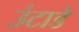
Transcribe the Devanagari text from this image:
उंटाडे